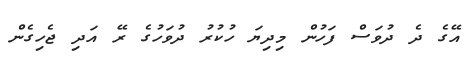
އޭގެ ދެ ދުވަސް ފަހުން މިދިޔަ ހުކުރު ދުވަހުގެ ރޭ އަދި ޖެހިގެން